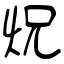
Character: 炾